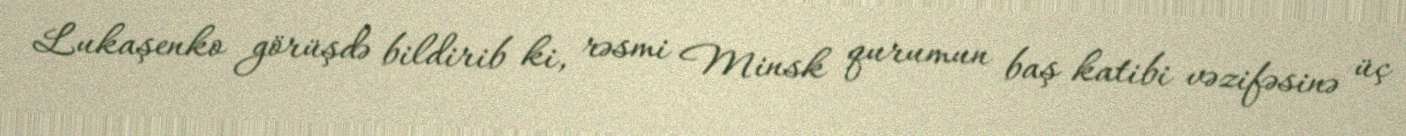
Lukaşenko görüşdə bildirib ki, rəsmi Minsk qurumun baş katibi vəzifəsinə üç